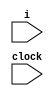
module main (i, clock);
input i,clock;
reg [19:0]a,b,c;

initial a = 100;
initial b = 200;

always @ (posedge clock) begin
	a <= b;	
	b <= a;
end
endmodule